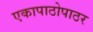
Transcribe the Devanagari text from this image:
एकापाठोपाठर